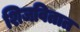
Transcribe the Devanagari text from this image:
शिजवितात